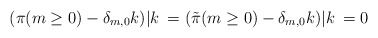
\begin{align*}(\pi(m\ge 0)-\delta_{m,0}k)|k\> = ({\tilde \pi}(m \ge 0) - \delta_{m,0}k)|k\> = 0\end{align*}